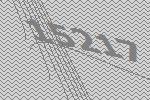
15217